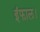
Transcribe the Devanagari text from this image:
इंफाल।